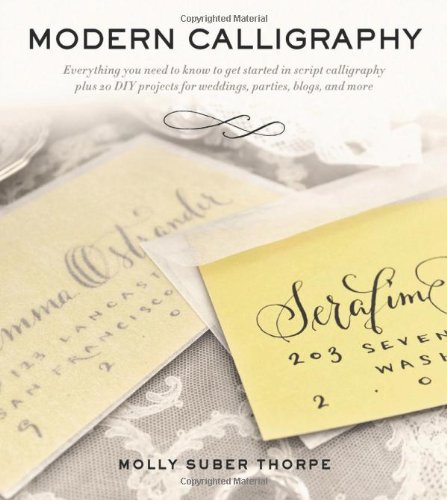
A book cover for Modern Calligraphy: Everything You Need to Know to Get Started in Script Calligraphy; Molly Suber Thorpe; Crafts, Hobbies & Home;